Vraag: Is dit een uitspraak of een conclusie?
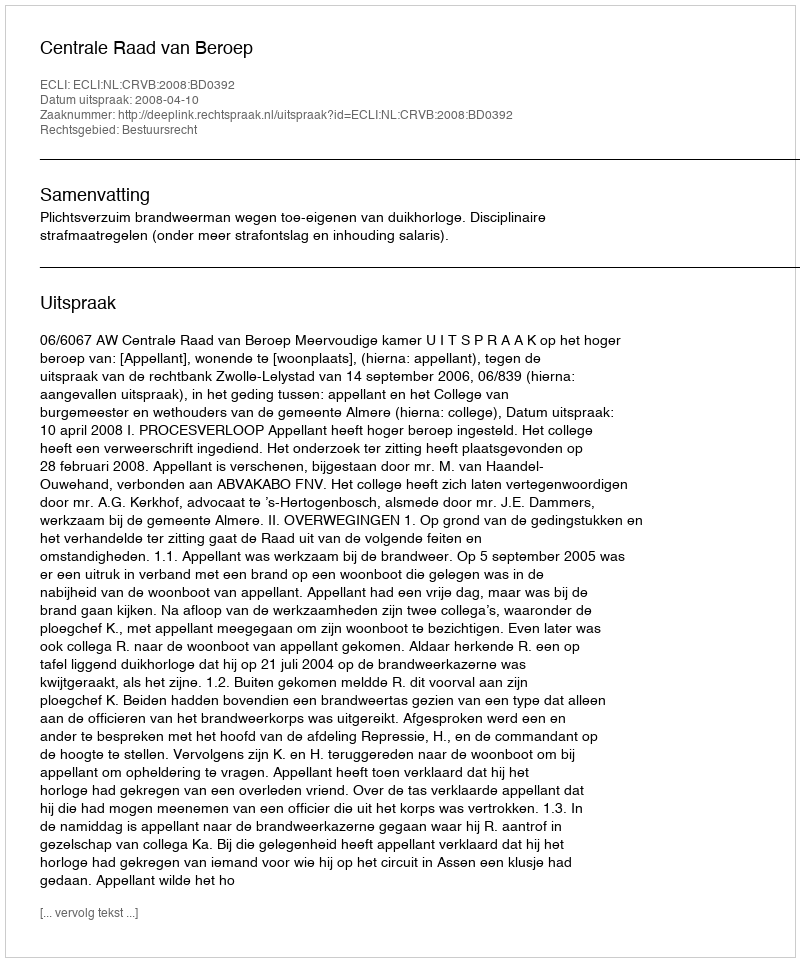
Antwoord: Uitspraak